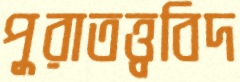
পুরাতত্ত্ববিদ